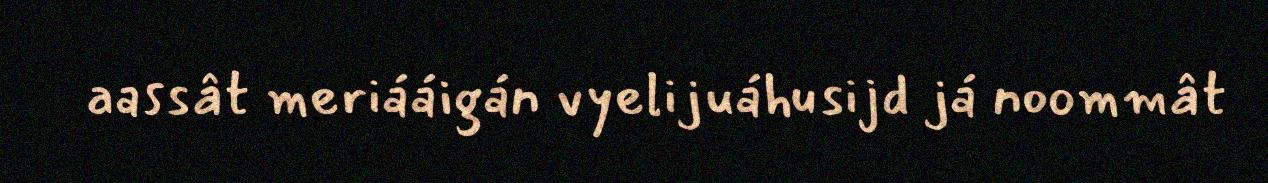
aassât meriááigán vyelijuáhusijd já noommât